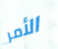
الأمر